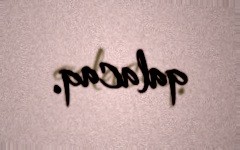
qalacaq.